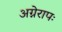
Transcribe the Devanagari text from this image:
अग्नेरापः